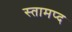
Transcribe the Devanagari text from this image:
स्तामप्द